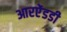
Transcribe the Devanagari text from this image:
आरऐंडडी